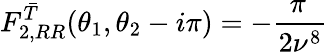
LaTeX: F_{2,RR}^{\bar{T}}(\theta_{1},\theta_{2}-i\pi)=-\frac{\pi\, }{2\nu^{8}}